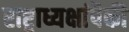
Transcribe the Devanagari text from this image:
राष्ट्राध्यक्षांपैकी